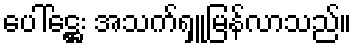
ပေါ်ဋ္ဌေး အသက်ရှူမြန်လာသည်။